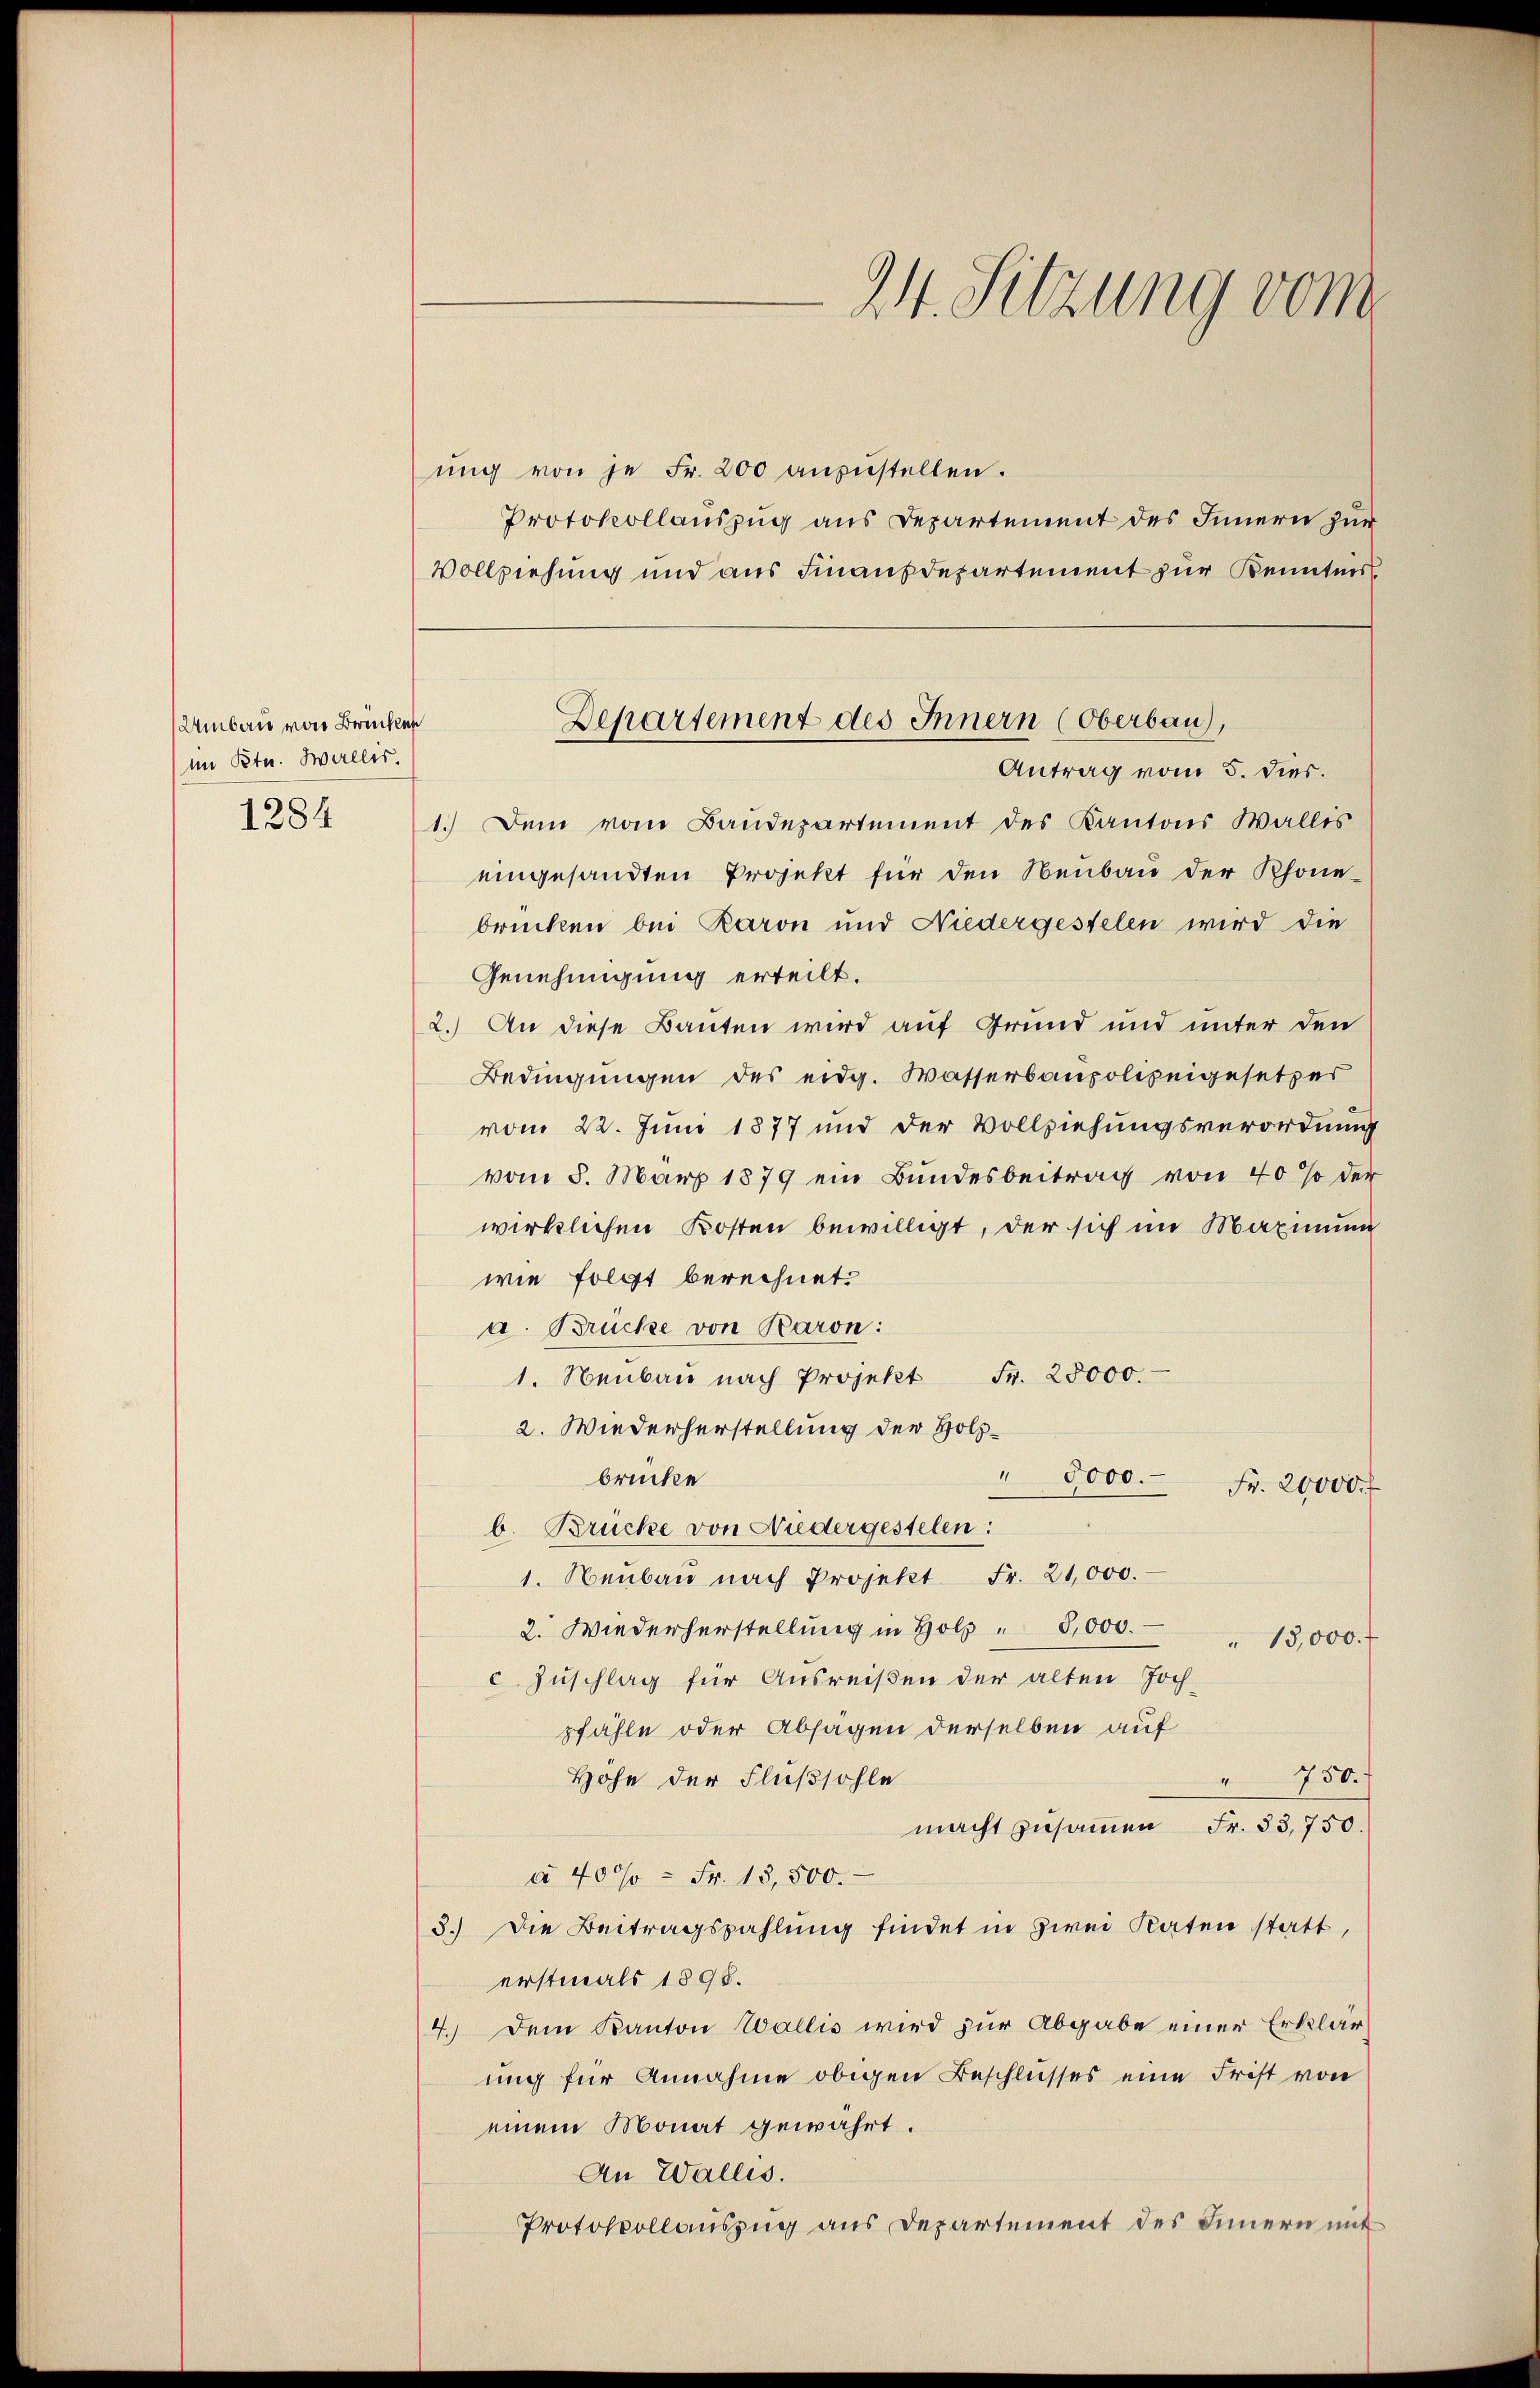
Umbau von Brücken
im Btu. Wallis.
1284

24. Sitzung vom

ŭng von je Fr. 200 anzŭstellen.
Protokollauszug aus Departement des Innern zur
Vollziehung und aus Finanzdepartement zur Kenntnis
1.) Dem vom Baudepartement des Kantons Wallis
eingesandten Projekt für den Neubau der Rhone-
brücken bei Raron und Niedergestelen wird die
Genehmigung erteilt.
2.) An diese Bauten wird auf Grund und unter den
Bedingungen des eidg. Wasserbaupolizeigesetzes
vom 22. Juni 1877 und der Vollziehungsverordnung
vom 5. März 1879 ein Bundesbeitrag von 40% der
wirklichen Kosten bewilligt, der sich im Maximum
wie folgt berechnet.
a. Brücke von Baron:
1. Neubau nach Projekt Fr. 25000.
2. Wiederherstellung der Holz¬
1
5000.
brücke
Fr. 20000.
b. Brücke von Niedergestelen:
1. Neubau nach Projekt Fr. 21,000.
2. Wiederherstellung in Holz " 5,000.
“ 13,000. f
c. Zuschlag für Ausreißen der alten Joch-
pfähle oder Absagen derselben auf
" 750.
Höhe der Flußsohle
macht zusammen Fr. 33,750.
à 40% = Fr. 15,500.
3.) Die Beitragszahlung findet in zwei Raten statt,
erstmals 1898.
4.) Dem Kanton Wallis wird zur Abgabe einer Erklär
ung für Annahme obigen Beschlusses eine Frist von
einem Monat gewährt.
An Wallis.
Protokollauszug aus Departement des Innern mit

Departement des Innern (Oberbau),
Antrag vom 5. dies.